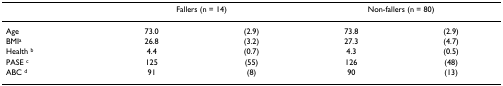
|  | <COLSPAN=2> Fallers (n = 14) | <COLSPAN=2> Non-fallers (n = 80) |
 | --- | --- | --- | --- | --- |
 | Age | 73.0 | (2.9) | 73.8 | (2.9) |
 | BMIa | 26.8 | (3.2) | 27.3 | (4.7) |
 | Health b | 4.4 | (0.7) | 4.3 | (0.5) |
 | PASE c | 125 | (55) | 126 | (48) |
 | ABC d | 91 | (8) | 90 | (13) |